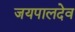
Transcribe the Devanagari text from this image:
जयपालदेव